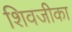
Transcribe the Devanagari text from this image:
शिवजीका